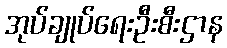
အုပ်ချုပ်ရေးဦးစီးဌာန